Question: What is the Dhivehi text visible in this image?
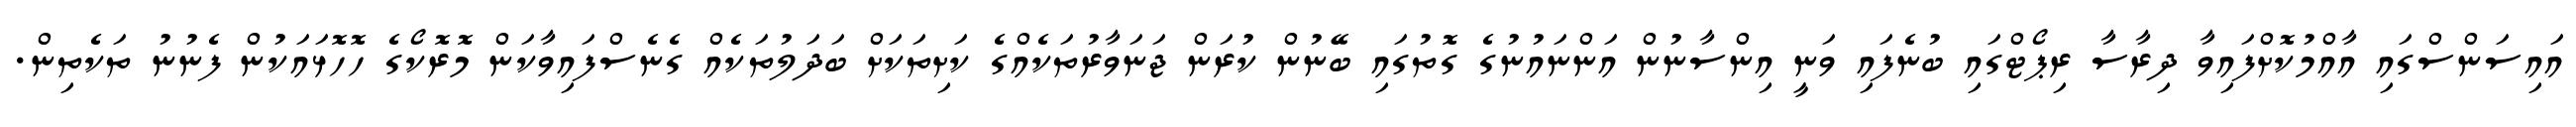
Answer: އައިސަންސްގައި އާއްމުކޮށްފައިވާ ދިރާސާ ރިޕޯޓްގައި ބުނެފައި ވަނީ އިންސާނުން އަންނައުނުގެ ގޮތުގައި ބޭނުން ކުރަން ޖަނަވާރުތަކެއްގެ ކަށިތަކަށް ބަދަލުތަކެއް ގެނެސްފައިވާކަން މޮރޮކޯގެ ހޮހޮޅައަކުން ފެނުނު ތަކެތިން.